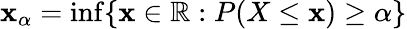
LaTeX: \mathbf{x}_{\alpha}=\operatorname*{inf}\{ \mathbf{x}\in\mathbb{{R}}:P(X\leq\mathbf{x})\geq\alpha\}